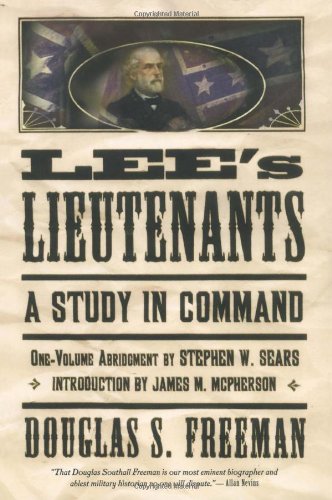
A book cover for Lee's Lieutenants: A Study in Command; Douglas Southall Freeman; History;